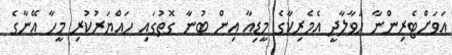
އަވަށްޓެރިންނާ ހަވާލާދީ އެމެރިކާގެ މީޑިއާ އިން ބުނާ ގޮތުގައި ހައްޔަރުކުރި މީހާ އޭނާގެ